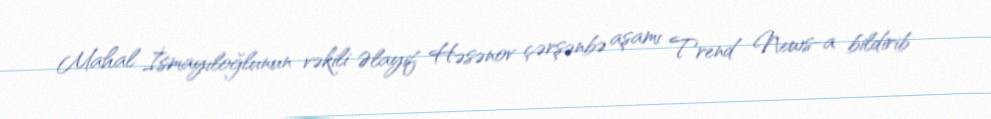
Mahal İsmayıloğlunun vəkili Əlayif Həsənov çərşənbə aşamı Trend News-a bildirib